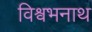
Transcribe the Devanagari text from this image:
विश्वभनाथ